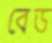
বেড